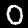
Label: 0